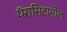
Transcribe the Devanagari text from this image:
पॅरासिटामोल